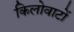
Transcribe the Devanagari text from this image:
किलोवाटों